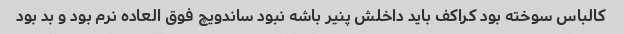
کالباس سوخته بود کراکف باید داخلش پنیر باشه نبود ساندویچ فوق العاده نرم بود و بد بود